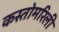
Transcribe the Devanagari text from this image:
कस्तोमरिली